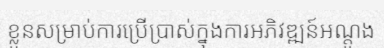
ខ្លួនសម្រាប់ការប្រើប្រាស់ក្នុងការអភិវឌ្ឍន៍អណ្តូង